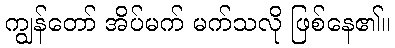
ကျွန်တော် အိပ်မက် မက်သလို ဖြစ်နေ၏။